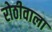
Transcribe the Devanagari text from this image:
रोठीवाला